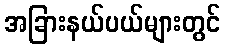
အခြားနယ်ပယ်များတွင်